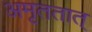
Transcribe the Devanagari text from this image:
अमृततात्